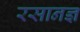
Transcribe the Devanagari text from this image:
रसानज्ञ